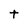
Character: t